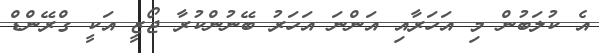
އެ ކުލަބުން މި އަހަރާއި އަންނަ އަހަރު ބޭނުންކުރާ ޖޯޒީ އަކީ ގްރޭންޑް